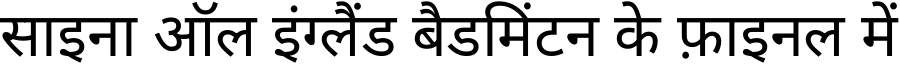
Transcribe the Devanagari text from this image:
साइना ऑल इंग्लैंड बैडमिंटन के फ़ाइनल में